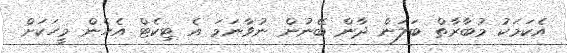
އެކަމަކު މުބާރާތް ބަލަން ދާން ބޭނުން ނުވާނަމަ އެ ޓިކެޓް އެހެން މީހަކަށް